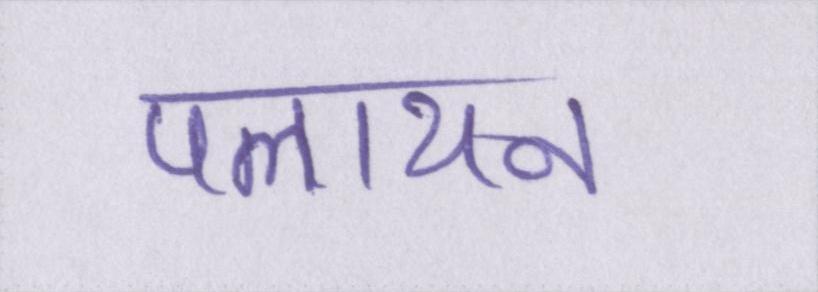
पलायन